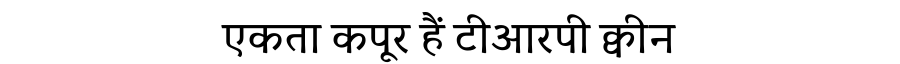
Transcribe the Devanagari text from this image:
एकता कपूर हैं टीआरपी क्वीन